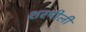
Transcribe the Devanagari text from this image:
शरमीली